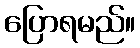
ပြောရမည်။